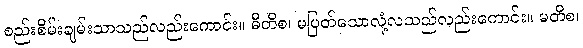
စည်းစိမ်းချမ်းသာသည်လည်းကောင်း။ ဓီတိစ၊ မပြတ်သောလုံ့လသည်လည်းကောင်း။ မတိစ၊